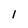
Character: I